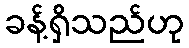
ခန့်ရှိသည်ဟု